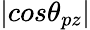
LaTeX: |cos\theta_{pz}|